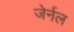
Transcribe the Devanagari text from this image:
जेर्नल